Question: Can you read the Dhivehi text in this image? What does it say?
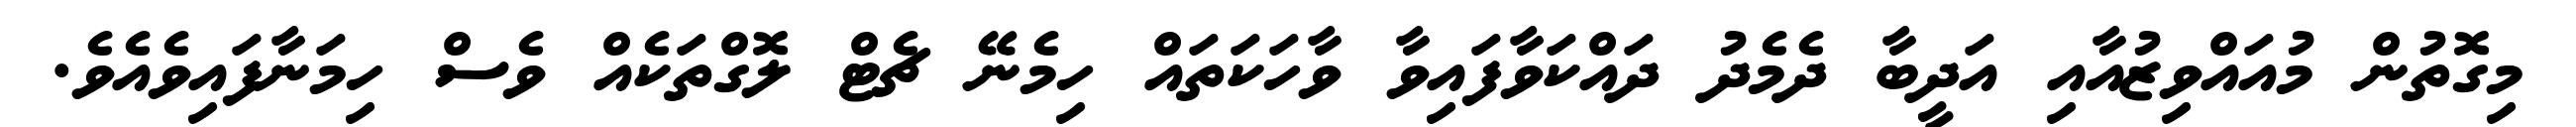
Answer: މިގޮތުން މުއައްވިޒުއާއި އަދީބާ ދެމެދު ދައްކަވާފައިވާ ވާހަކަތައް ހިމެނޭ ޗެޓް ލޮގްތަކެއް ވެސް ހިމަނާފައިވެއެވެ.